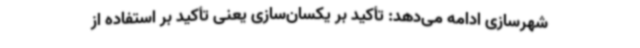
شهرسازی ادامه می‌دهد: تأکید بر یکسان‌سازی یعنی تأکید بر استفاده از